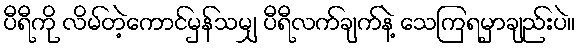
ပီရီကို လိမ်တဲ့ကောင်မှန်သမျှ ပီရီလက်ချက်နဲ့ သေကြရမှာချည်းပဲ။